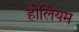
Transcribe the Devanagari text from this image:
होलियम